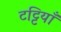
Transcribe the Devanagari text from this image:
टट्टियाँ